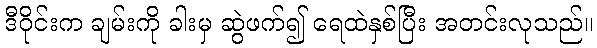
ဒီဝိုင်းက ချမ်းကို ခါးမှ ဆွဲဖက်၍ ရေထဲနှစ်ပြီး အတင်းလုသည်။